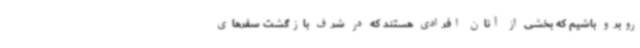
روبرو باشیم که بخشی از آنان افرادی هستند که در شرف بازگشت سفرهای